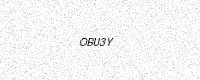
Text: OBU3Y